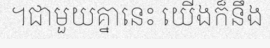
។ជាមួយគ្នានេះ យើងក៏នឹង